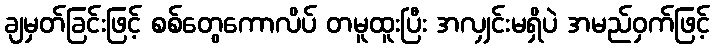
ချမှတ်ခြင်းဖြင့် စစ်တွေကောလိပ် တမူထူးပြီး အလျှင်းမရှိပဲ အမည်ဝှက်ဖြင့်